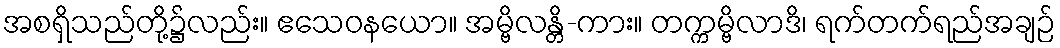
အစရှိသည်တို့၌လည်း။ ဧသေဝနယော။ အမ္ဗိလန္တိ-ကား။ တက္ကမ္ဗိလာဒိ၊ ရက်တက်ရည်အချဉ်